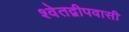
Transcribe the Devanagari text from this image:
श्वेतद्वीपवासी